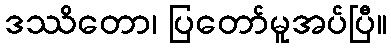
ဒဿိတော၊ ပြတော်မူအပ်ပြီ။